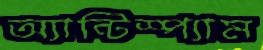
অ্যান্টিস্প্যাম